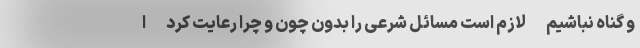
و گناه نباشیم -لازم است مسائل شرعی را بدون چون و چرا رعایت کرد -ا